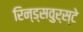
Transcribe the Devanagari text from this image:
रिन्ड्सवुर्स्टे